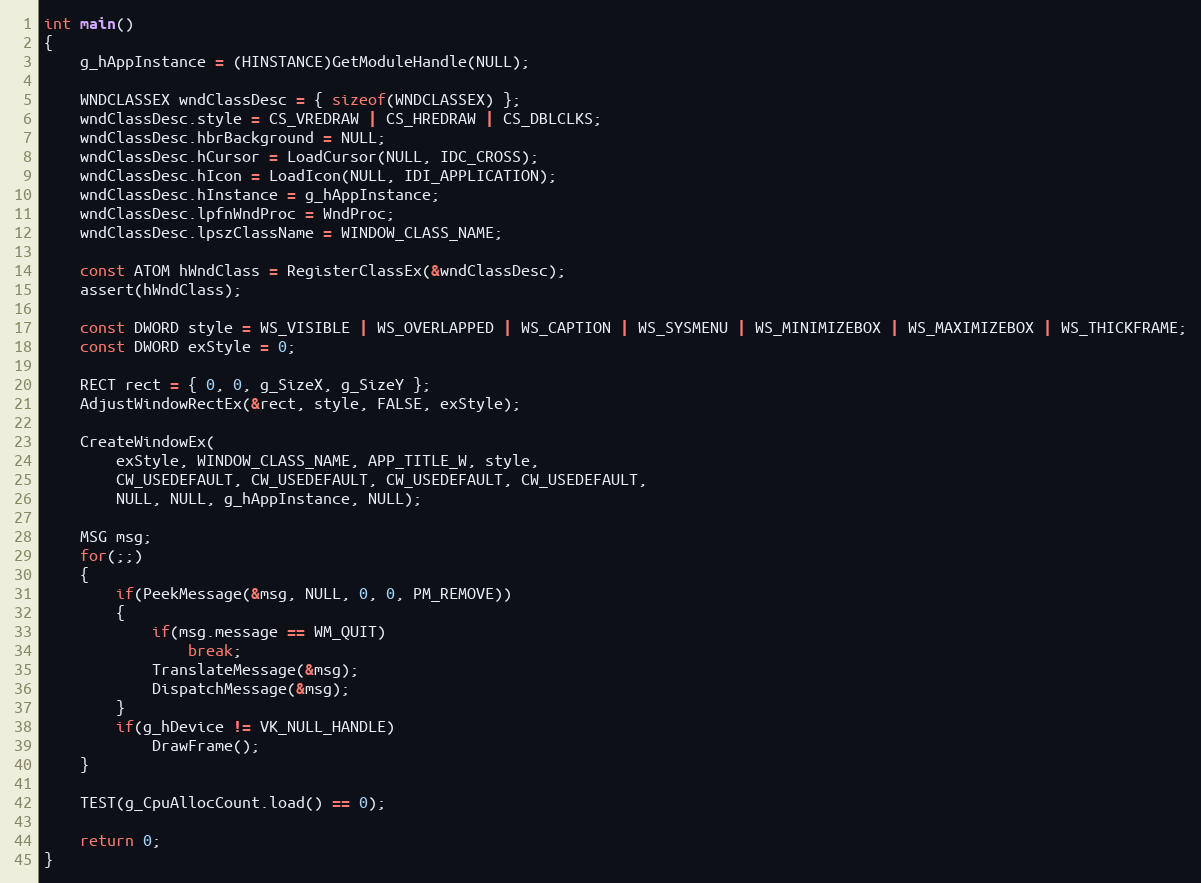
Language: C++
int main()
{
    g_hAppInstance = (HINSTANCE)GetModuleHandle(NULL);

    WNDCLASSEX wndClassDesc = { sizeof(WNDCLASSEX) };
    wndClassDesc.style = CS_VREDRAW | CS_HREDRAW | CS_DBLCLKS;
    wndClassDesc.hbrBackground = NULL;
    wndClassDesc.hCursor = LoadCursor(NULL, IDC_CROSS);
    wndClassDesc.hIcon = LoadIcon(NULL, IDI_APPLICATION);
    wndClassDesc.hInstance = g_hAppInstance;
    wndClassDesc.lpfnWndProc = WndProc;
    wndClassDesc.lpszClassName = WINDOW_CLASS_NAME;

    const ATOM hWndClass = RegisterClassEx(&wndClassDesc);
    assert(hWndClass);

    const DWORD style = WS_VISIBLE | WS_OVERLAPPED | WS_CAPTION | WS_SYSMENU | WS_MINIMIZEBOX | WS_MAXIMIZEBOX | WS_THICKFRAME;
    const DWORD exStyle = 0;

    RECT rect = { 0, 0, g_SizeX, g_SizeY };
    AdjustWindowRectEx(&rect, style, FALSE, exStyle);

    CreateWindowEx(
        exStyle, WINDOW_CLASS_NAME, APP_TITLE_W, style,
        CW_USEDEFAULT, CW_USEDEFAULT, CW_USEDEFAULT, CW_USEDEFAULT,
        NULL, NULL, g_hAppInstance, NULL);

    MSG msg;
    for(;;)
    {
        if(PeekMessage(&msg, NULL, 0, 0, PM_REMOVE))
        {
            if(msg.message == WM_QUIT)
                break;
            TranslateMessage(&msg);
            DispatchMessage(&msg);
        }
        if(g_hDevice != VK_NULL_HANDLE)
            DrawFrame();
    }

    TEST(g_CpuAllocCount.load() == 0);

    return 0;
}